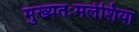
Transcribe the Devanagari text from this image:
मुख्यतःमलेशिया